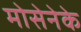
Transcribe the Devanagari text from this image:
मोसेनेके